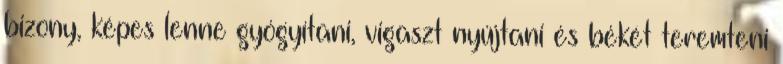
bizony, képes lenne gyógyítani, vigaszt nyújtani és békét teremteni